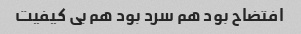
افتضاح بود هم سرد بود هم بی کیفیت